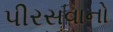
પીરસવાનો